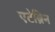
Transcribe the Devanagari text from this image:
एटेब्रिन